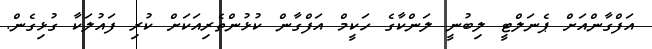
އަފްގާންއަށް ޕެނަލްޓީ ލިބުނީ ލަންކާގެ ހަކީމް އަފްގާން ކުޅުންތެރިއަކަށް ކުރި ފައުލަކާ ގުޅިގެން.